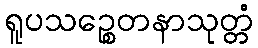
ရူပသဉ္စေတနာသုတ္တံ